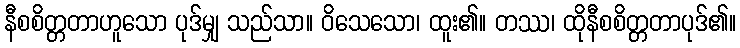
နီစစိတ္တတာဟူသော ပုဒ်မျှ သည်သာ။ ဝိသေသော၊ ထူး၏။ တဿ၊ ထိုနီစစိတ္တတာပုဒ်၏။